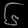
Digit: ၆